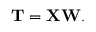
\mathbf { T } = \mathbf { X } \mathbf { W } .